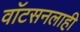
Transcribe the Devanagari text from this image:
वाॅटसनलाही